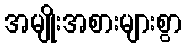
အမျိုးအစားများစွာ